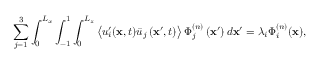
\sum _ { j = 1 } ^ { 3 } \int _ { 0 } ^ { L _ { x } } \int _ { - 1 } ^ { 1 } \int _ { 0 } ^ { L _ { z } } \left\langle u _ { i } ^ { \prime } ( \mathbf { x } , t ) \bar { u } _ { j } \left( \mathbf { x } ^ { \prime } , t \right) \right\rangle \Phi _ { j } ^ { ( n ) } \left( \mathbf { x } ^ { \prime } \right) d \mathbf { x } ^ { \prime } = \lambda _ { i } \Phi _ { i } ^ { ( n ) } ( \mathbf { x } ) ,